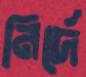
নির্দে